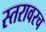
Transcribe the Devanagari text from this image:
स्तरावरच